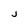
Character: j